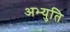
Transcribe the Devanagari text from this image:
अभ्युति